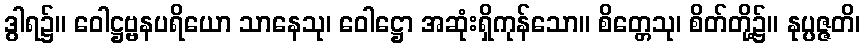
ဒွါရ၌။ ဝေါဋ္ဌဗ္ဗနပရိယော သာနေသု၊ ဝေါဋ္ဌော အဆုံးရှိကုန်သော။ စိတ္တေသု၊ စိတ်တို့၌။ နုပ္ပဇ္ဇတိ၊